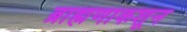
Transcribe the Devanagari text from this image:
ब्राह्मणाकशून